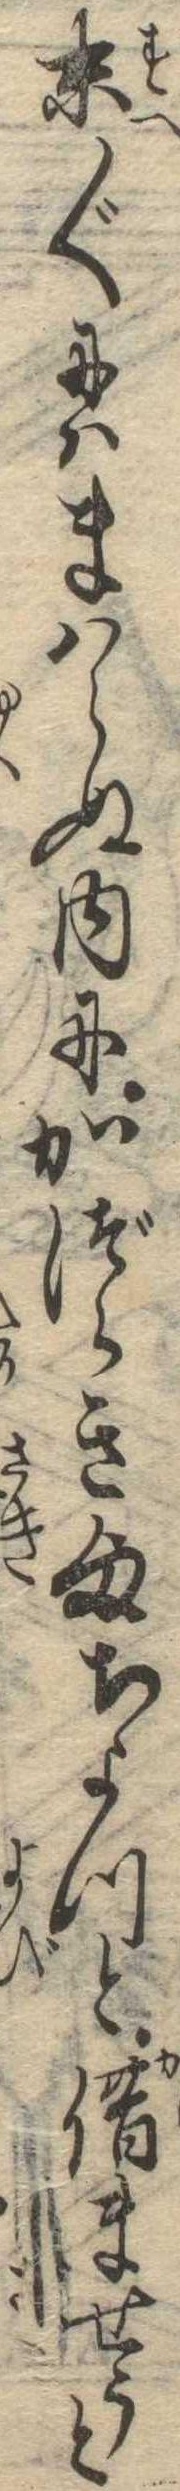
末〲にはまはらぬ内にかづらき様ちよつと借ませうと